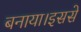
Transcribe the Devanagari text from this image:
बनाया।इससे